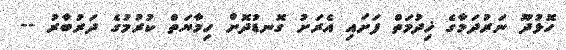
ހޮޅުދޫ ނަރުދަމާގެ ޚިދުމަތް ފަށައި އެރަށު ގޮނޑުދޮށް ހިމާޔަތް ކުރުމުގެ ދަރުބާރު --